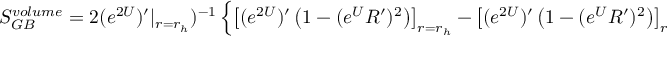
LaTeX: S _ { G B } ^ { v o l u m e } = 2 ( e ^ { 2 U } ) ^ { \prime } | _ { r = r _ { h } } ) ^ { - 1 } \left\{ \left[ ( e ^ { 2 U } ) ^ { \prime } \left( 1 - ( e ^ { U } R ^ { \prime } ) ^ { 2 } \right) \right] _ { r = r _ { h } } - \left[ ( e ^ { 2 U } ) ^ { \prime } \left( 1 - ( e ^ { U } R ^ { \prime } ) ^ { 2 } \right) \right] _ { r = r _ { 0 } } \right\} \ .